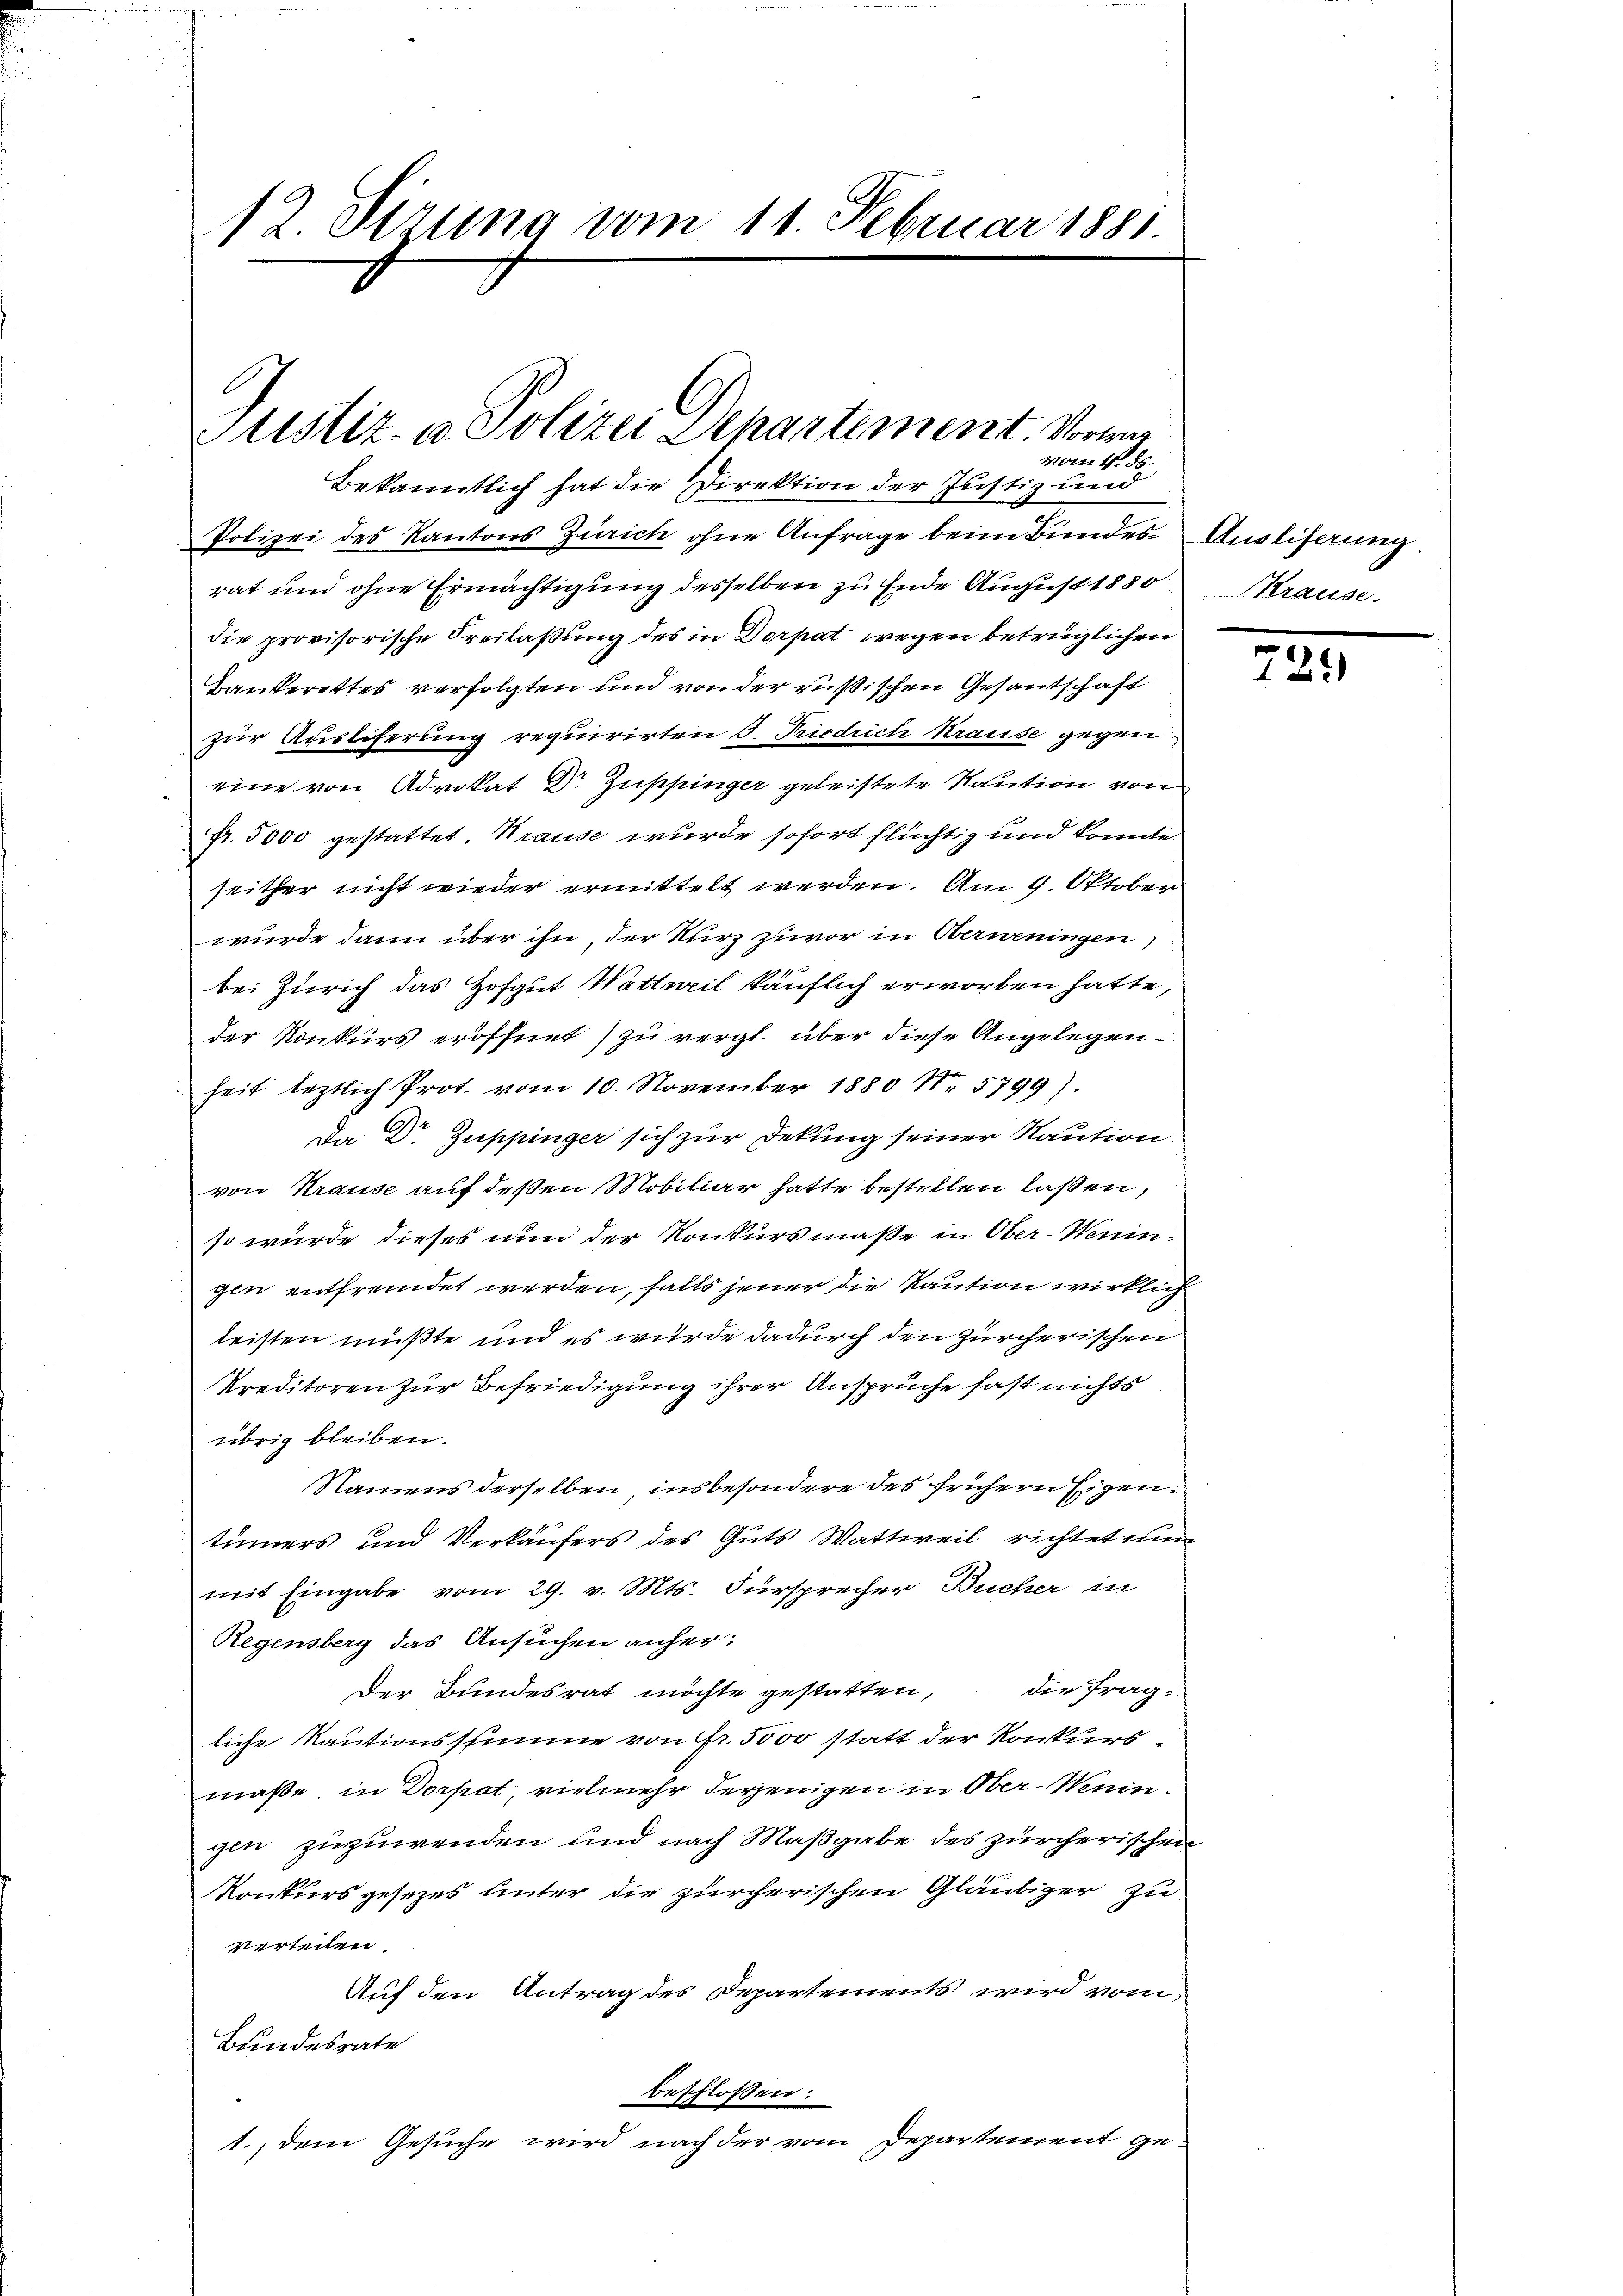
12. Sizung vom 11. Februar 1881

Justiz- u. Polizei Departement Vorwar
vom 4. ds.
Bekanntlich hat die Direktion der Justiz und

Polizei des Kantons Zürich ohne Anfrage beim Bundes
rat und ohne Ermächtigung desselben zu Ende August 1880
die provisorische Freilaßung des in Dorpat wegen betrüglichen
Dankerottes verfolgten und von der rußischen Gesandschaft
zur Ausliferung requirirten J. Riedrich Krause gegen
eine von Advokat Dr. Zuppinger geleistete Kaution von
fr. 5000 gestattet. Krause wurde sofort flüchtig und konnte
seither nicht wieder ermittelt werden. Am 9. Oktober
würde dann über ihn, der Kurz zuvor in Oberweningen)
bei Zürich das Hofgut Wattweil käuflich erworben hatte,
der Konkurs eröffnet) zu vergl. über diese Angelegenheit leztlich Prot. vom 10. November 1880 N. 5799).
Da Dr. Zuppinger sich zur Dekung seiner Raution
von Krause auf deßen Mobiliar hatte bestellen laßen,
so würde dieses nun der Konkursmaße in Ober-Weningen entfremdet werden, falls jener die Kaution wirklich
leisten müßte und es wurde dadurch den zürcherischen
Preditoren zur Befriedigung ihrer Ansprüche fast nichts
übrig bleiben.
Namens derselben, insbesondere des frühern Eigentümers und Verkäufers des Guts Wattweil richteten
mit Eingabe vom 29. v. Mts. Fürsprecher Bucher in
Regensberg das Ansuchen anher¬
Der Bundesrat möchte gestatten, die fragliche Rautionsstimme von Fr. 5000 statt der Konkurs-
maße, in Dorpat vielmehr derjenigen in Ober-Weningin zuzuwenden und nach Maßgabe des zürcherischen
Konkurs gesezes unter die zürcherischen Gläubiger zu
verteien.
Auf den Antrag des Departements wird vom
Bundesrate
beschlossen:
1., dem Gesuche wird nach der vom Departement ge-

Ausliferung
Krause.

729)